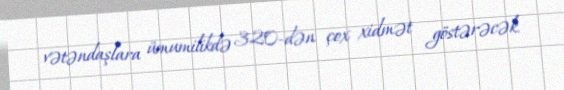
vətəndaşlara ümumilikdə 320-dən çox xidmət göstərəcək.